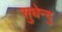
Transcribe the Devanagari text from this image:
सुधेन्दु